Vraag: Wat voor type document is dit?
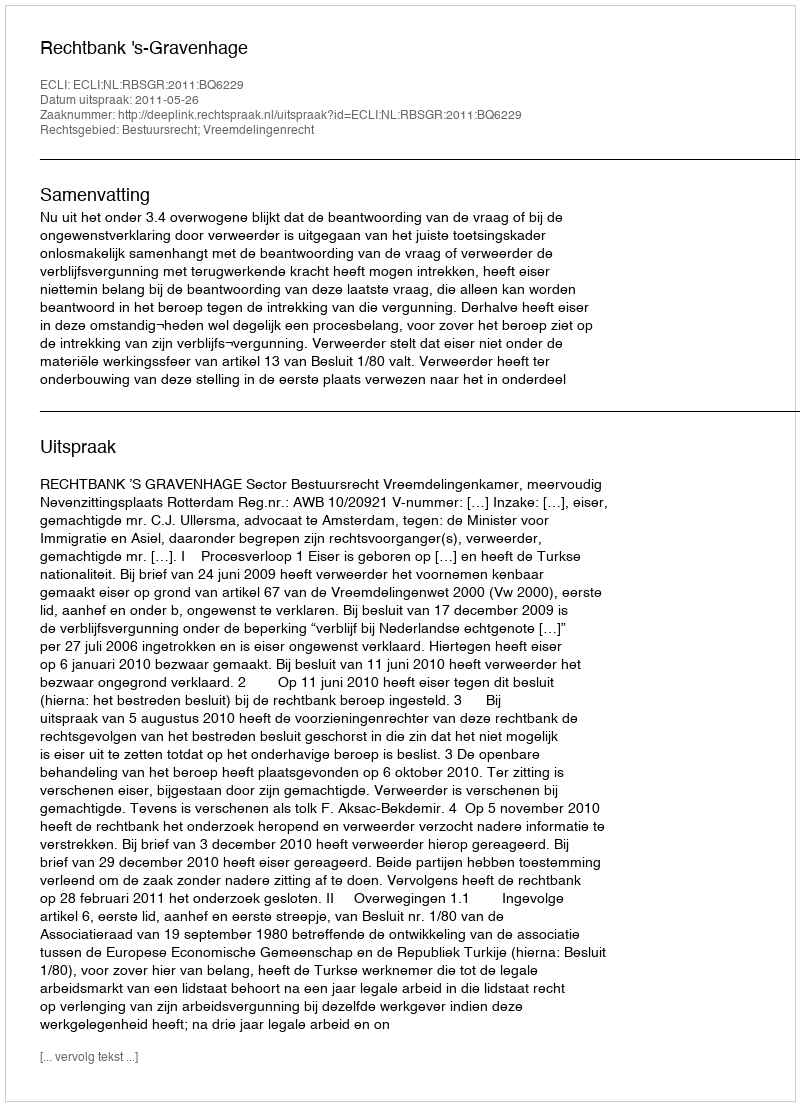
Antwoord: Uitspraak